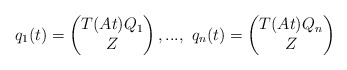
\begin{align*} q_{1}(t)=\begin{pmatrix} T(At)Q_{1}\\Z \end{pmatrix},...,\textrm{ }q_{n}(t)=\begin{pmatrix} T(At)Q_{n}\\Z \end{pmatrix} \end{align*}